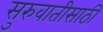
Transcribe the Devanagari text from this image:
सुरुवातीसाठी